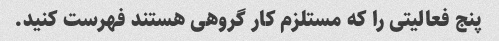
پنج فعالیتی را که مستلزم کار گروهی هستند فهرست کنید.